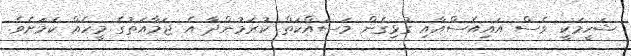
ޝަހީމަކީ ވެސް އައިއެސްއާއި ގުޅިގެން މަސައްކަތް ކުރަމުންދާ އެ ޖަމާއަތުގެ މީހެއް ކަމަށެވެ.